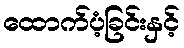
ထောက်ပံ့ခြင်းနှင့်